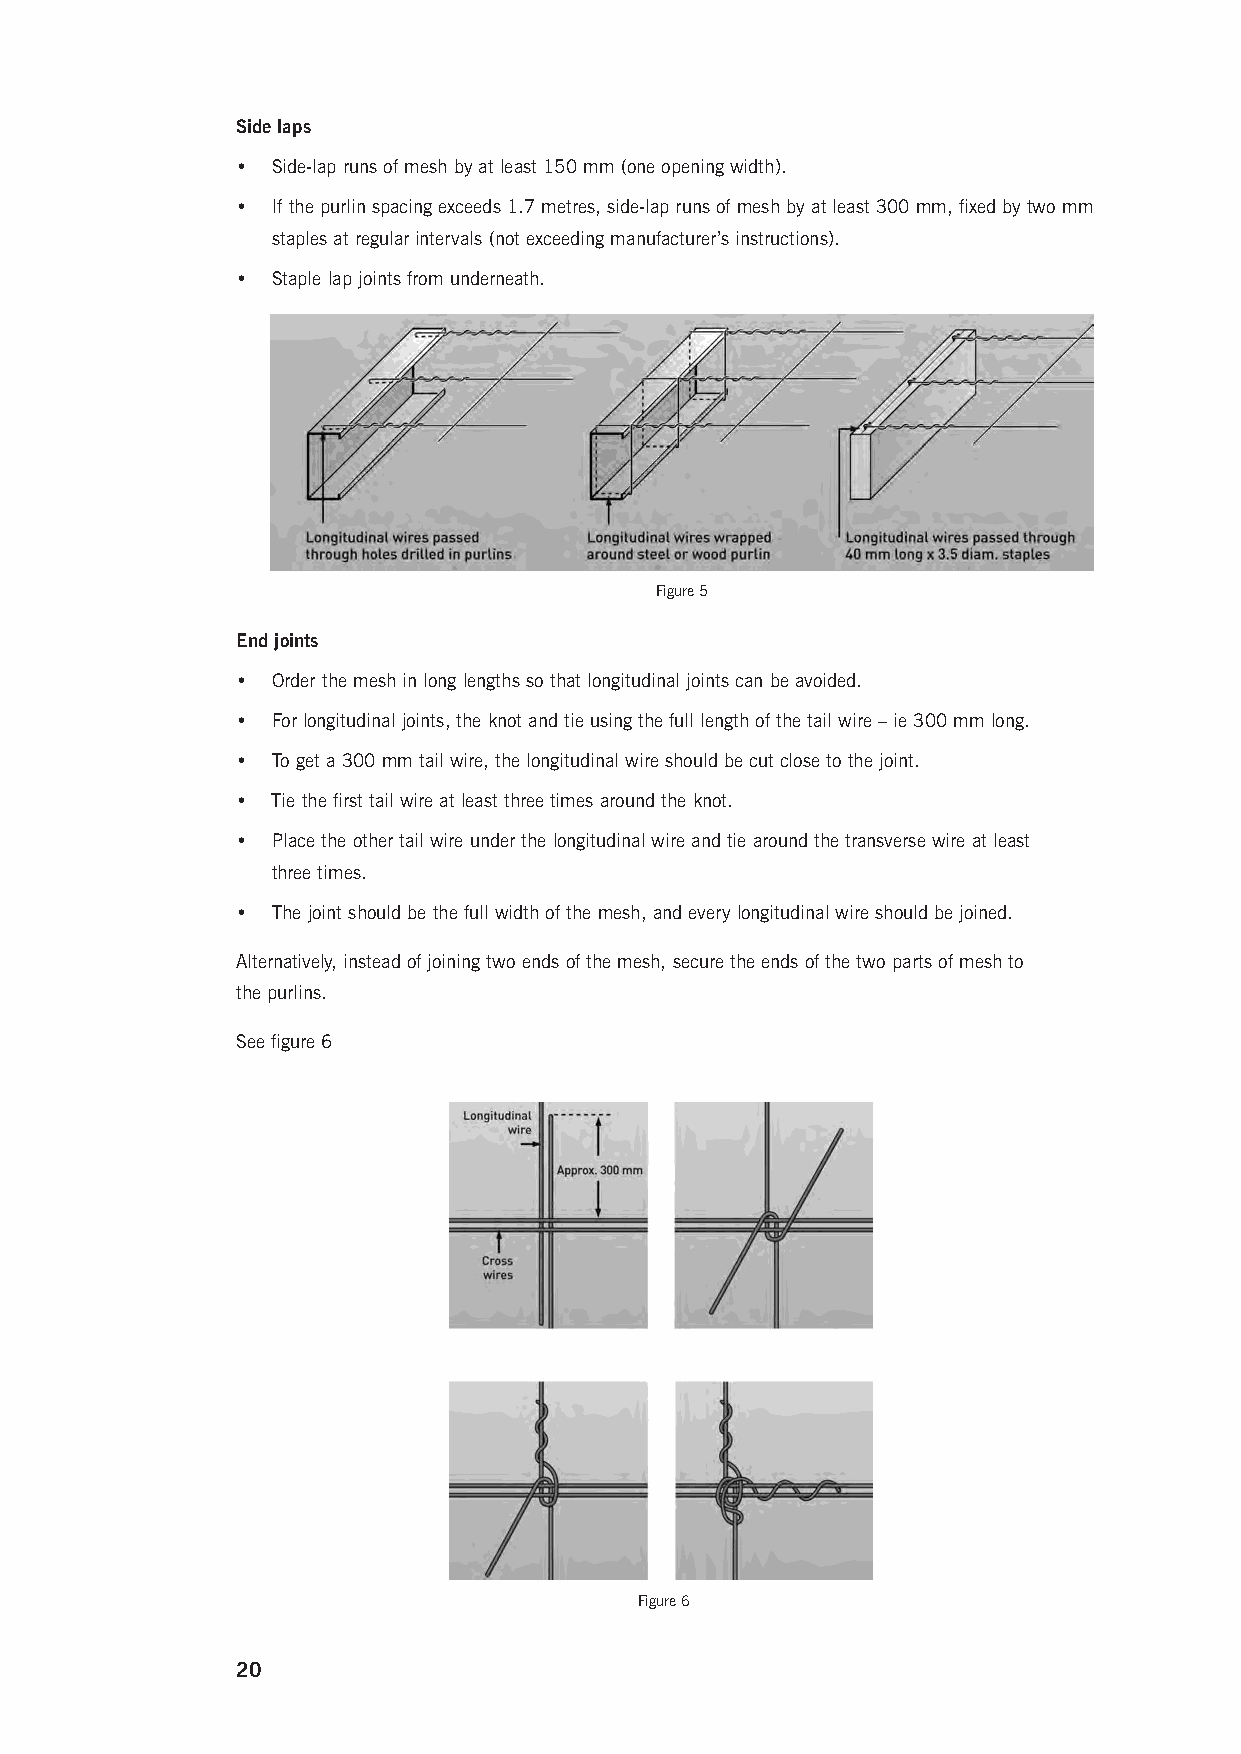
Side laps
 • Side-lap runs of mesh by at least 150 mm (one opening width).
 • If the purlin spacing exceeds 1.7 metres, side-lap runs of mesh by at least 300 mm, fixed by two mm
 staples at regular intervals (not exceeding manufacturer’s instructions).
 • Staple lap joints from underneath.
 Figure 5
 End joints
 • Order the mesh in long lengths so that longitudinal joints can be avoided.
 • For longitudinal joints, the knot and tie using the full length of the tail wire – ie 300 mm long.
 • To get a 300 mm tail wire, the longitudinal wire should be cut close to the joint.
 • Tie the first tail wire at least three times around the knot.
 • P lace the other tail wire under the longitudinal wire and tie around the transverse wire at least
 three times.
 • The joint should be the full width of the mesh, and every longitudinal wire should be joined.
 Alternatively, instead of joining two ends of the mesh, secure the ends of the two parts of mesh to
 the purlins.
 See figure 6
 Figure 6
 20